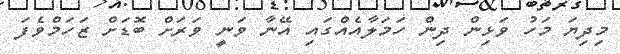
މިދިޔަ މަހު ވަޅިން ދިން ހަމަލާއެއްގައި އޭނާ ވަނީ ވަަރަށް ބޮޑަށް ޒަހަމްވެފަ